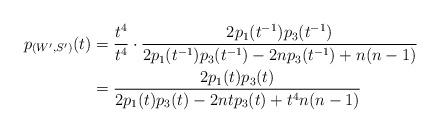
LaTeX: \begin{align*}p_{(W',S')}(t)&=\frac{t^4}{t^4}\cdot \frac{2p_1(t^{-1})p_3(t^{-1})}{2p_1(t^{-1})p_3(t^{-1}) - 2np_3(t^{-1}) +n(n-1)}\\&=\frac{2p_1(t)p_3(t)}{2p_1(t)p_3(t) - 2ntp_3(t) +t^4 n(n-1)}\end{align*}